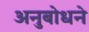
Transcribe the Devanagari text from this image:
अनुबोधने